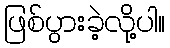
ဖြစ်ပွားခဲ့လို့ပါ။